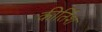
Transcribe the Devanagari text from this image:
कीर्तिश